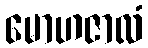
မောဟဇာလံ